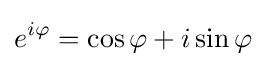
e^{i\varphi }=\cos \varphi +i\sin \varphi